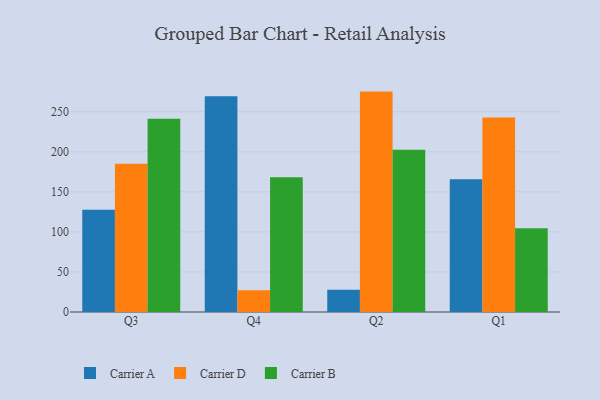
{"axis": {"x": "Quarter", "y": "Budget (USD K)"}, "legend": ["Carrier A", "Carrier B", "Carrier D"], "data": [{"x": "Q3", "y": 127.8, "type": "Carrier A"}, {"x": "Q3", "y": 185.2, "type": "Carrier D"}, {"x": "Q3", "y": 241.3, "type": "Carrier B"}, {"x": "Q4", "y": 269.5, "type": "Carrier A"}, {"x": "Q4", "y": 27.2, "type": "Carrier D"}, {"x": "Q4", "y": 168.4, "type": "Carrier B"}, {"x": "Q2", "y": 27.7, "type": "Carrier A"}, {"x": "Q2", "y": 275.2, "type": "Carrier D"}, {"x": "Q2", "y": 202.5, "type": "Carrier B"}, {"x": "Q1", "y": 165.9, "type": "Carrier A"}, {"x": "Q1", "y": 242.9, "type": "Carrier D"}, {"x": "Q1", "y": 104.6, "type": "Carrier B"}]}